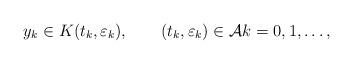
\begin{align*} y_k\in K({t}_k,\varepsilon_k) , \qquad({t}_k,\varepsilon_k)\in {\mathcal{A}} k=0,1,\dots, \end{align*}